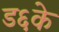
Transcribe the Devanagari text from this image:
ड६के